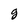
Character: g